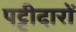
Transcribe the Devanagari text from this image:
पट्टीदारों